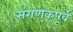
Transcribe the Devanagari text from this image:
संगणकपूर्व